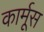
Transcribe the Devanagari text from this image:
कार्मूस